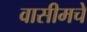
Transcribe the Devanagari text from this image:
वासीमचे